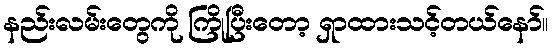
နည်းလမ်းတွေကို ကြိုပြီးတော့ ရှာထားသင့်တယ်နော်။